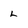
Character: L